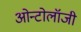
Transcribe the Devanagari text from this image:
ओन्टोलॉजी